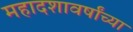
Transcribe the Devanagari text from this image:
महादशावर्षांच्या